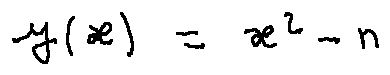
y ( x ) = x ^ { 2 } - n